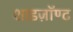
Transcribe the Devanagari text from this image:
शाइज़ॉण्ट